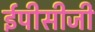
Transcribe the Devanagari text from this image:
ईपीसीजी